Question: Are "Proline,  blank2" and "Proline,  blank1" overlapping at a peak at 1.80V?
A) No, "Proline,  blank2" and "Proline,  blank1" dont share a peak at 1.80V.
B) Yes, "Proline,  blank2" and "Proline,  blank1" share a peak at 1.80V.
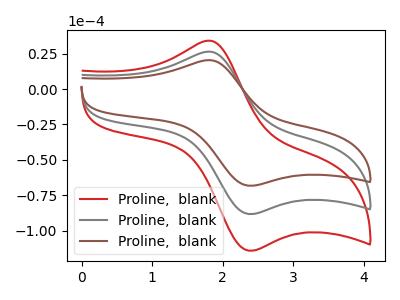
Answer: <think>The red curve "Proline,  blank1" has an anodic peak at (1.80V, 52.95uA) and a cathodic peak at (2.40V, -176.70uA). The gray curve "Proline,  blank2" has an anodic peak at (1.80V, 26.45uA) and a cathodic peak at (2.40V, -88.35uA). The brown curve "Proline,  blank3" has an anodic peak at (1.80V, 20.45uA) and a cathodic peak at (2.40V, -68.30uA).</think>
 <answer>B) Yes, "Proline,  blank2" and "Proline,  blank1" share a peak at 1.80V.</answer>
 <eval>B</eval>